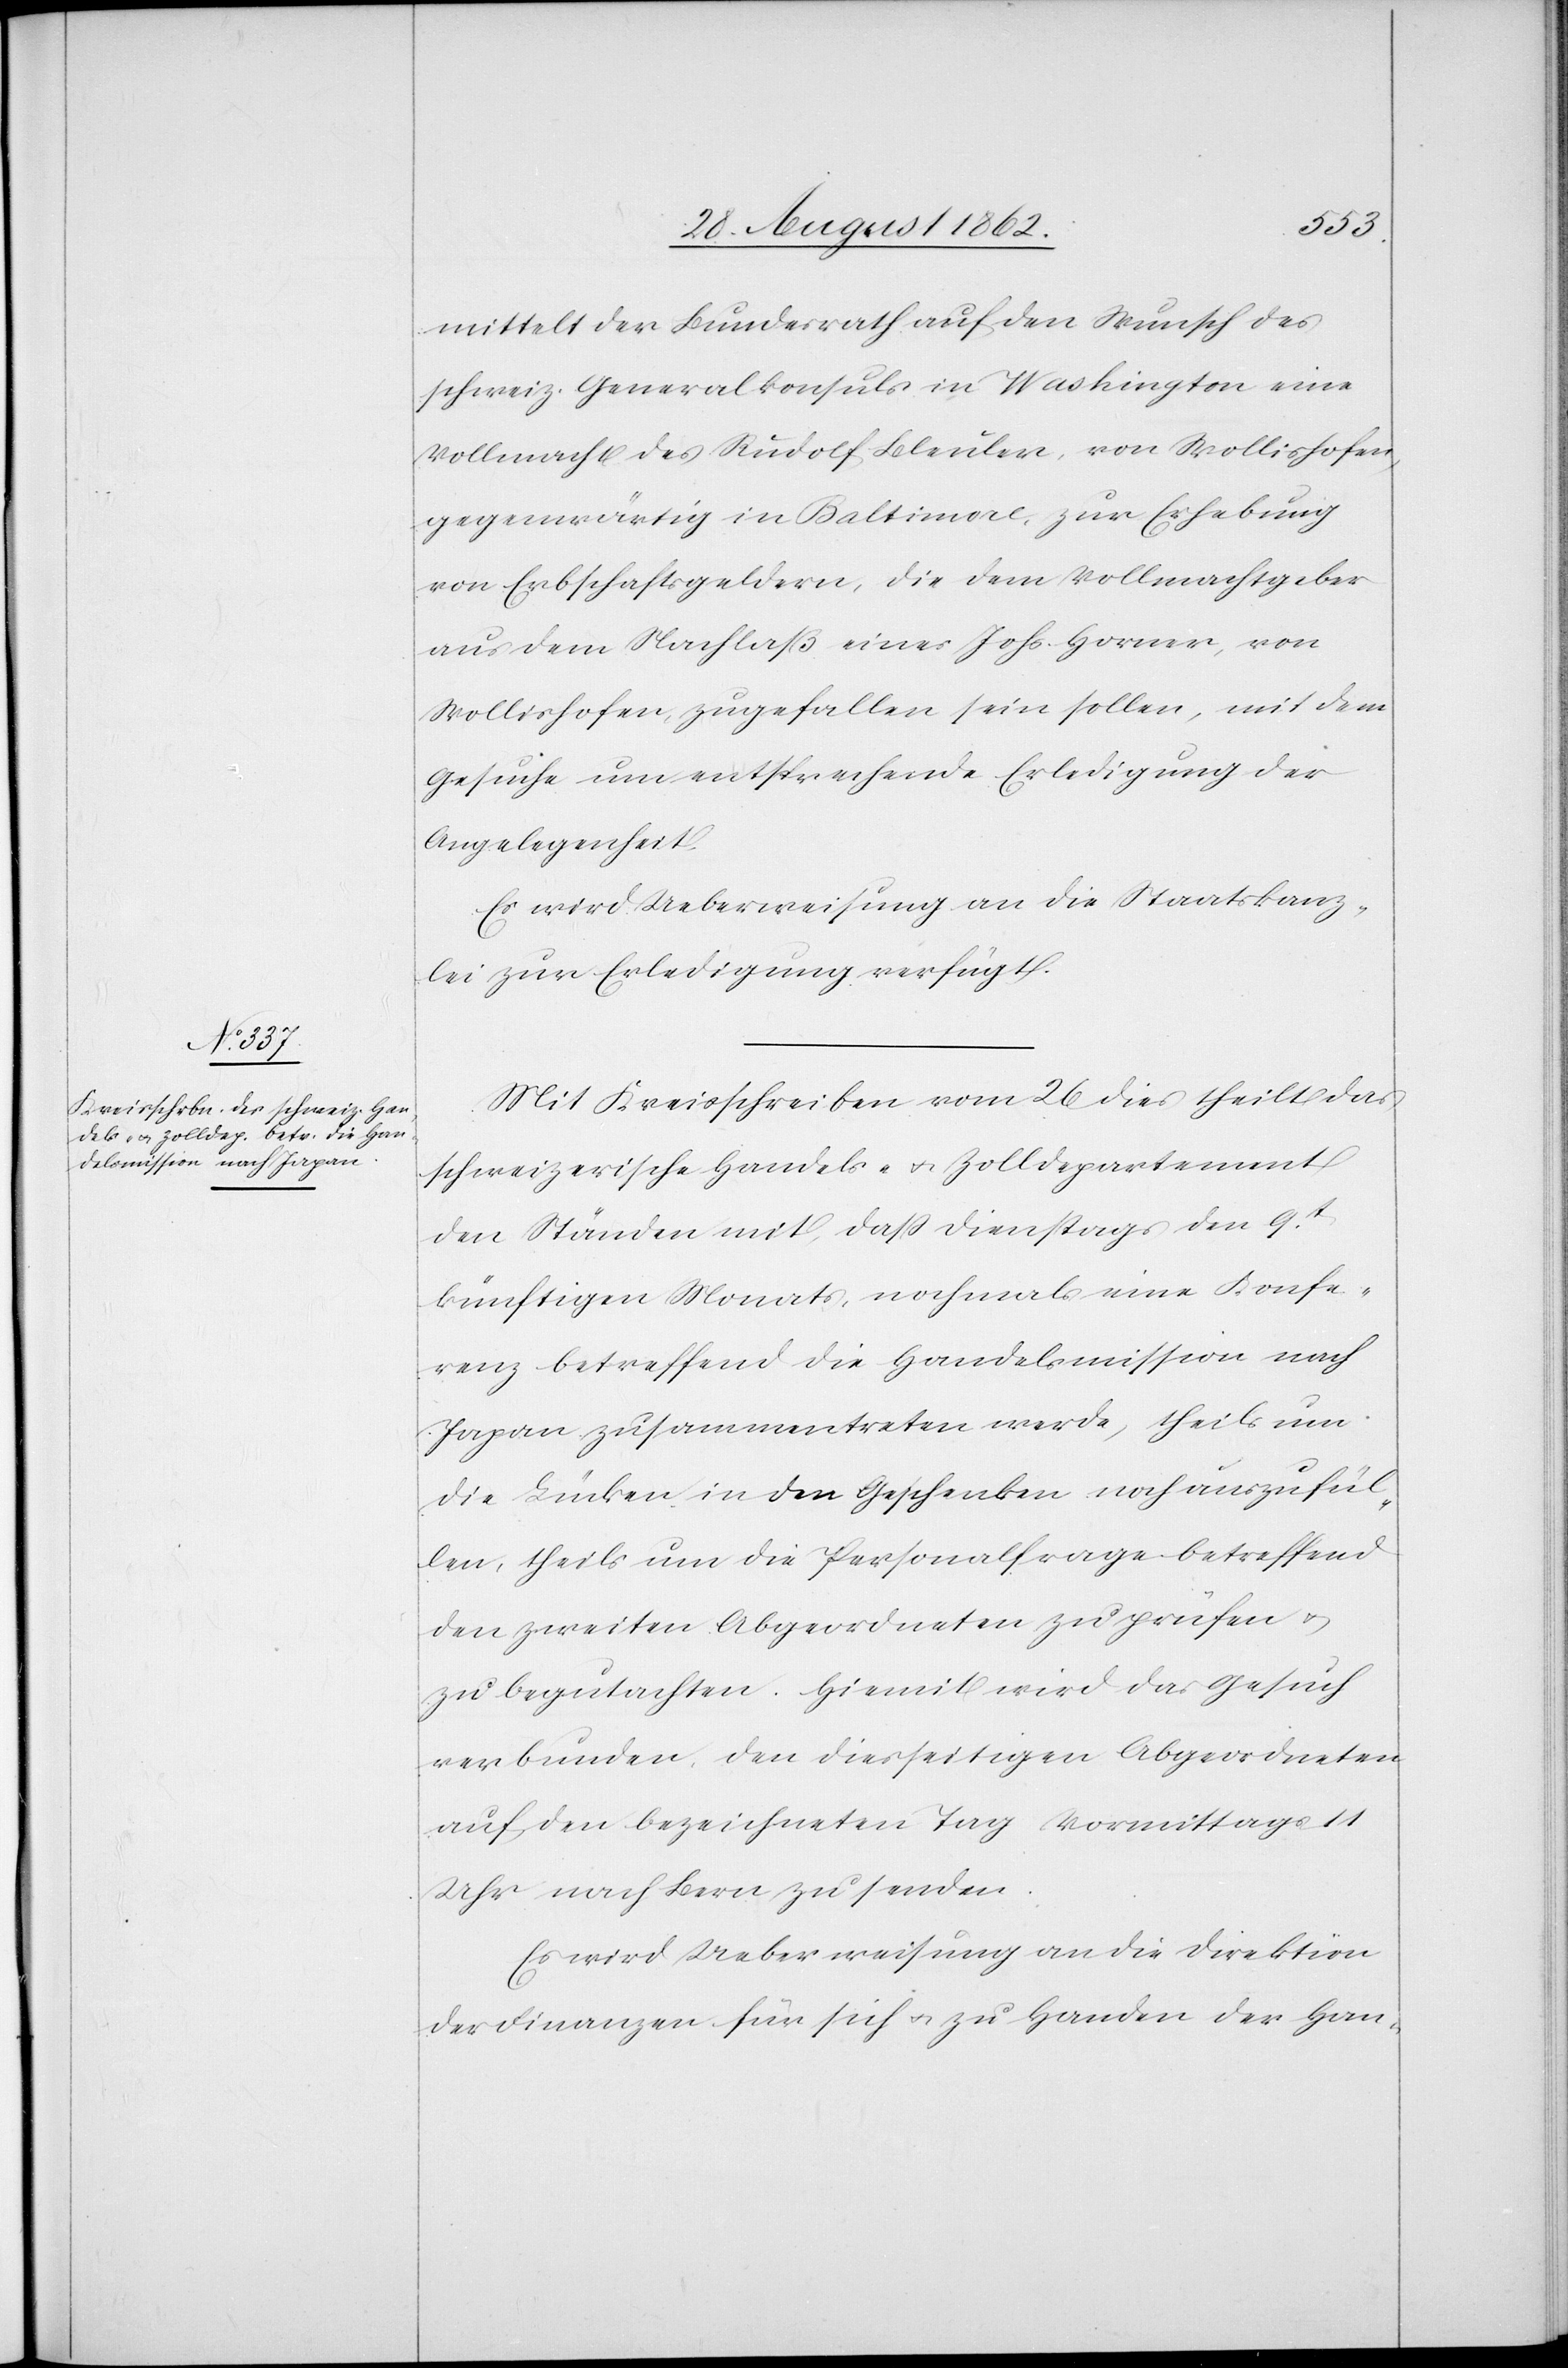
mittelt der Bundesrath auf den Wunsch des
schweiz. Generalkonsuls in Washington eine
Vollmacht des Rudolf Bleuler, von Wollishofen,
gegenwärtig in Baltimore, zur Erhebung
von Erbschaftsgeldern, die dem Vollmachtgeber
aus dem Nachlaß eines Johs. Horner, von
Wollishofen zugefallen sein sollen, mit dem
Gesuche um entsprechende Erledigung der
Angelegenheit.
Es wird Ueberweisung an die Staatskanz¬
lei zur Erledigung verfügt.
Mit Kreisschreiben vom 26. dies theilt das
schweizerische Handels- u. Zolldepartement
den Ständen mit, daß Dienstags den 9t
künftigen Monats, nochmals eine Konfe¬
renz betreffend eine Handelsmission nach
Japan zusammentreten werde, theils um
die Lücken in den Geschenken noch auszufül¬
len, theils um die Personalfrage betreffend
den zweiten Abgeordneten zu prüfen u.
zu begutachten. Hiemit wird das Gesuch
verbunden, den diesseitigen Abgeordneten
auf den bezeichneten Tag Vormittags 11
Uhr nach Bern zu senden.
Es wird Ueberweisung an die Direktion
der Finanzen für sich u. zu Handen der Han-